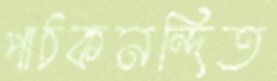
পাঠকনন্দিত